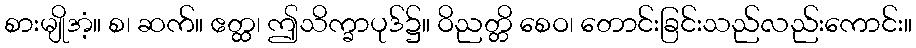
စားမျိုအံ့။ စ၊ ဆက်။ ဧတ္ထ၊ ဤသိက္ခာပုဒ်၌။ ဝိညတ္တိ စေဝ၊ တောင်းခြင်းသည်လည်းကောင်း။